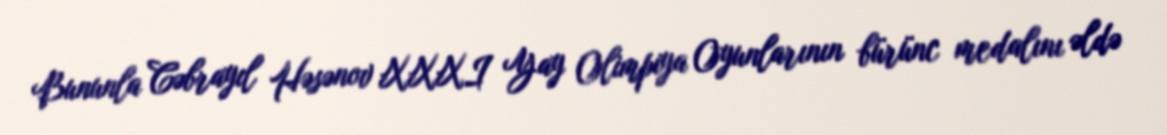
Bununla Cəbrayıl Həsənov XXXI Yay Olimpiya Oyunlarının bürünc medalını əldə